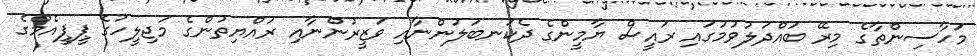
މަހާސިންތާގެ މިރޭ ބައްދަލުވުމުގައި ރައީސް ޔާމީންގެ ދެކަނބަލުންނާއި ވަޒީރުންނާއި ރައްޔިތުންގެ މަޖިލީހުގެ ޕީޕީއެމްގެ